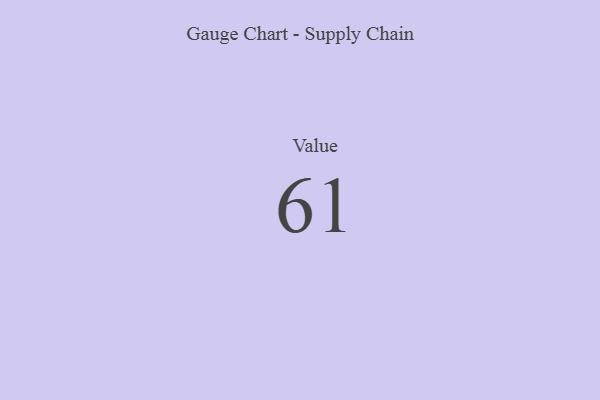
{"axis": {"x": "Metric", "y": "Value"}, "legend": [""], "data": [{"x": "Value", "y": 61, "type": ""}]}